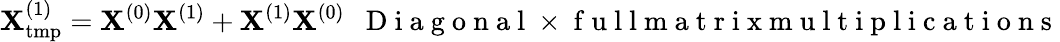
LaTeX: {\mathbf X}_{\mathrm{tmp}}^{(1)}={\mathbf X}^{(0)}{\mathbf X}^{(1)}+{\mathbf X}^{(1)}{\mathbf X}^{(0)}~~\mathrm{~D~i~a~g~o~n~a~l~}\times\mathrm{~f~u~l~l~m~a~t~r~i~x~m~u~l~t~i~p~l~i~c~a~t~i~o~n~s~}